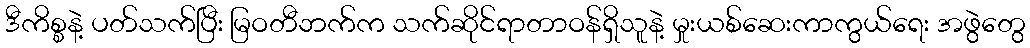
ဒီကိစ္စနဲ့ ပတ်သက်ပြီး မြဝတီဘက်က သက်ဆိုင်ရာတာဝန်ရှိသူနဲ့ မှုးယစ်ဆေးကာကွယ်ရေး အဖွဲတွေ